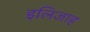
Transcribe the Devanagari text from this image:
इलिजाह